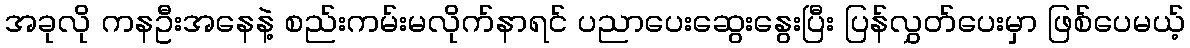
အခုလို ကနဦးအနေနဲ့ စည်းကမ်းမလိုက်နာရင် ပညာပေးဆွေးနွေးပြီး ပြန်လွှတ်ပေးမှာ ဖြစ်ပေမယ့်